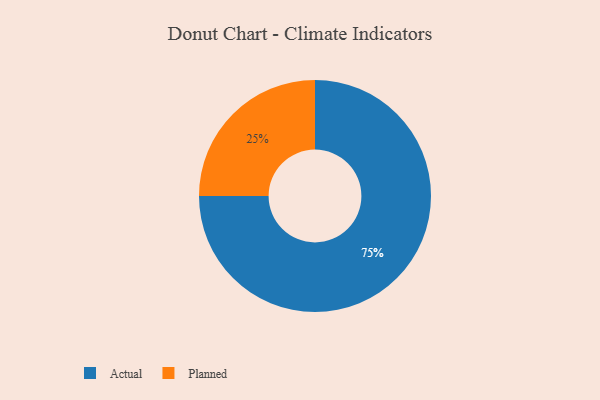
{"axis": {"x": "Category", "y": "Percentage"}, "legend": ["Actual", "Planned"], "data": [{"x": "Planned", "y": 25, "type": "Planned"}, {"x": "Actual", "y": 75, "type": "Actual"}]}